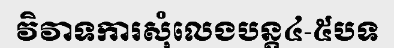
វិវាទការសុំលេងបន្ត៤-៥បទ